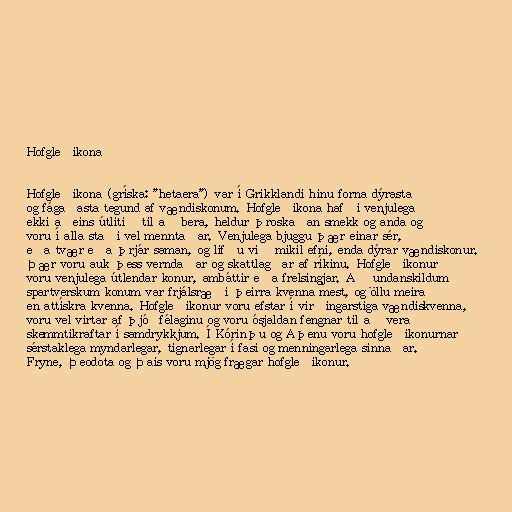
Hofgleðikona

Hofgleðikona (gríska: "hetaera") var í Grikklandi hinu forna dýrasta
og fágaðasta tegund af vændiskonum. Hofgleðikona hafði venjulega
ekki aðeins útlitið til að bera, heldur þroskaðan smekk og anda og
voru í alla staði vel menntaðar. Venjulega bjuggu þær einar sér,
eða tvær eða þrjár saman, og lifðu við mikil efni, enda dýrar vændiskonur.
Þær voru auk þess verndaðar og skattlagðar af ríkinu. Hofgleðikonur
voru venjulega útlendar konur, ambáttir eða frelsingjar. Að undanskildum
spartverskum konum var frjálsræði þeirra kvenna mest, og öllu meira
en attískra kvenna. Hofgleðikonur voru efstar í virðingarstiga vændiskvenna,
voru vel virtar af þjóðfélaginu og voru ósjaldan fengnar til að vera
skemmtikraftar í samdrykkjum. Í Kórinþu og Aþenu voru hofgleðikonurnar
sérstaklega myndarlegar, tignarlegar í fasi og menningarlega sinnaðar.
Fryne, Þeodota og Þais voru mjög frægar hofgleðikonur.